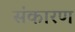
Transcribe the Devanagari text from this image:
संकारण